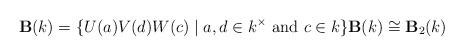
LaTeX: \begin{align*} \mathbf{B}(k) = \{ U(a)V(d)W(c) \mid a,d \in k^\times \text{ and } c \in k \} \mathbf{B}(k) \cong \mathbf{B}_2(k) \end{align*}